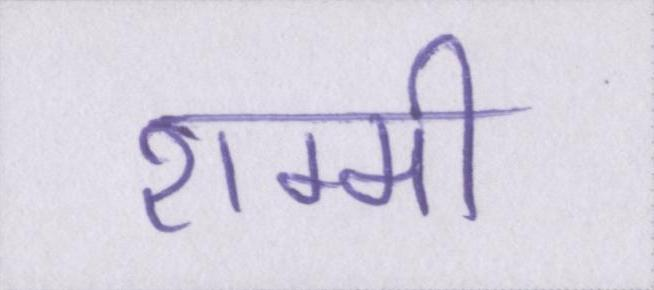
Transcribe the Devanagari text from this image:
शम्मी